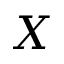
X